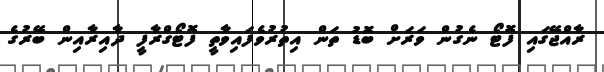
ރާއްޖޭގައި ފޮޓޯ ނެގުން ވަރަށް ބޮޑު ތަން އިތުރުވެފައިވާތީ ފޮޓޯގްރާފީ ދާއިރާއިން ބޭރުގެ